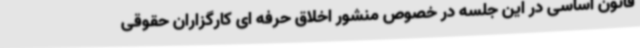
قانون اساسی در این جلسه در خصوص منشور اخلاق حرفه ای کارگزاران حقوقی